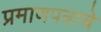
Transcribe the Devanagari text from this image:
प्रमाणपत्राचे